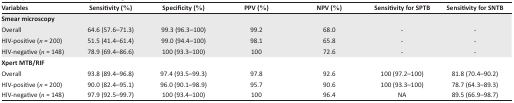
| Variables | Sensitivity (%) | Specificity (%) | PPV (%) | NPV (%) | Sensitivity for SPTB | Sensitivity for SNTB |
 | --- | --- | --- | --- | --- | --- | --- |
 | <COLSPAN=7> Smear microscopy |
 | Overall | 64.6 (57.6–71.3) | 99.3 (96.3–100) | 99.2 | 68.0 | - | - |
 | HIV-positive (n = 200) | 51.5 (41.4–61.4) | 99.0 (94.4–100) | 98.1 | 65.8 | - | - |
 | HIV-negative (n = 148) | 78.9 (69.4–86.6) | 100 (93.3–100) | 100 | 72.6 | - | - |
 | <COLSPAN=7> Xpert MTB/RIF |
 | Overall | 93.8 (89.4–96.8) | 97.4 (93.5–99.3) | 97.8 | 92.6 | 100 (97.2–100) | 81.8 (70.4–90.2) |
 | HIV-positive (n = 200) | 90.0 (82.4–95.1) | 96.0 (90.1–98.9) | 95.7 | 90.6 | 100 (93.3–100) | 78.7 (64.3–89.3) |
 | HIV-negative (n = 148) | 97.9 (92.5–99.7) | 100 (93.4–100) | 100 | 96.4 | NA | 89.5 (66.9–98.7) |